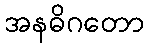
အနဓိဂတော